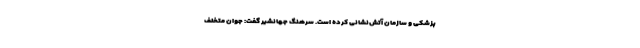
پزشکی و سازمان آتش‌نشانی کرده ‌است. سرهنگ جهانشیر گفت: جوان متخلف